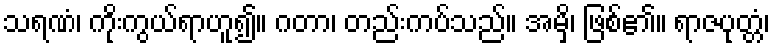
သရဏံ၊ ကိုးကွယ်ရာဟူ၍။ ဂတာ၊ တည်းကပ်သည်။ အမှိ၊ ဖြစ်၏။ ရာဇပုတ္တံ၊